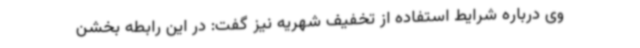
وی درباره شرایط استفاده از تخفیف شهریه نیز گفت: در این رابطه بخشن